Annual report on the Civil Veterinary Department, Burma (including the Insein Veterinary School) - 1932-1941
Year: 1932
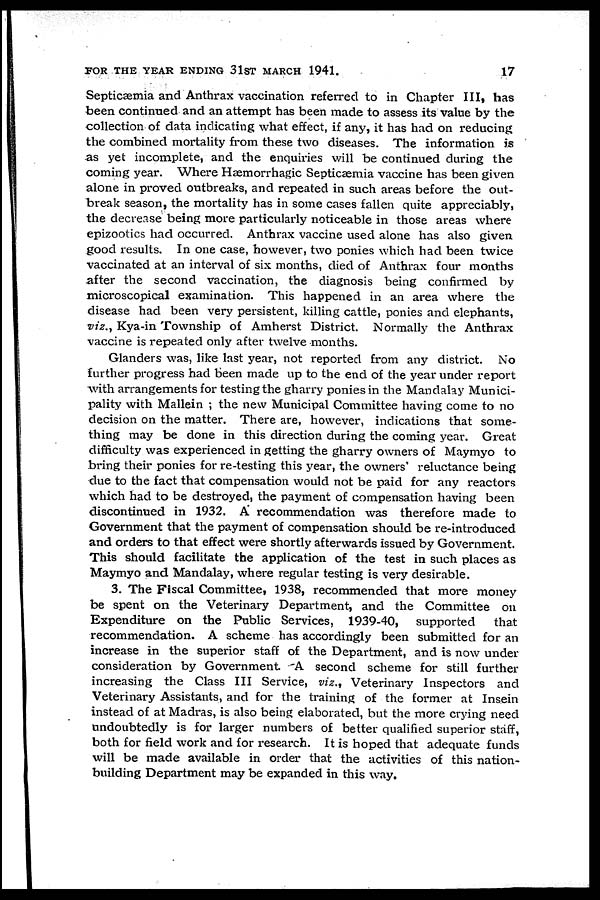
FOR THE YEAR ENDING 31ST MARCH 1941.
17
Septicæmia and Anthrax vaccination referred to in Chapter III, has
been continued and an attempt has been made to assess its value by the
collection of data indicating what effect, if any, it has had on reducing
the combined mortality from these two diseases. The information is
as yet incomplete, and the enquiries will be continued during the
coming year. Where Hæmorrhagic Septicæmia vaccine has been given
alone in proved outbreaks, and repeated in such areas before the out-
break season, the mortality has in some cases fallen quite appreciably,
the decrease being more particularly noticeable in those areas where
epizootics had occurred. Anthrax vaccine used alone has also given
good results. In one case, however, two ponies which had been twice
vaccinated at an interval of six months, died of Anthrax four months
after the second vaccination, the diagnosis being confirmed by
microscopical examination. This happened in an area where the
disease had been very persistent, killing cattle, ponies and elephants,
viz., Kya-in Township of Amherst District. Normally the Anthrax
vaccine is repeated only after twelve months.
Glanders was, like last year, not reported from any district. No
further progress had been made up to the end of the year under report
with arrangements for testing the gharry ponies in the Mandalay Munici-
pality with Mallein ; the new Municipal Committee having come to no
decision on the matter. There are, however, indications that some-
thing may be done in this direction during the coming year. Great
difficulty was experienced in getting the gharry owners of Maymyo to
bring their ponies for re-testing this year, the owners reluctance being
due to the fact that compensation would not be paid for any reactors
which had to be destroyed, the payment of compensation having been
discontinued in 1932. A recommendation was therefore made to
Government that the payment of compensation should be re-introduced
and orders to that effect were shortly afterwards issued by Government.
This should facilitate the application of the test in such places as
Maymyo and Mandalay, where regular testing is very desirable.
3. The Fiscal Committee, 1938, recommended that more money
be spent on the Veterinary Department, and the Committee on
Expenditure on the Public Services, 1939-40, supported
that
recommendation. A scheme has accordingly been submitted for an
increase in the superior staff of the Department, and is now under
consideration by Government. A second scheme for still further
increasing the Class III Service, viz., Veterinary Inspectors and
Veterinary Assistants, and for the training of the former at Insein
instead of at Madras, is also being elaborated, but the more crying need
undoubtedly is for larger numbers of better qualified superior staff,
both for field work and for research. It is hoped that adequate funds
will be made available in order that the activities of this nation-
building Department may be expanded in this way.